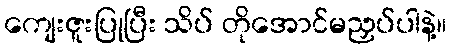
ကျေးဇူးပြုပြီး သိပ် တိုအောင်မညှပ်ပါနဲ့။